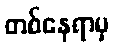
တစ်နေရာမှ